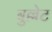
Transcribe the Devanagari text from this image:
बुल्लेट